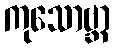
ကုသောဗ္ဘာ